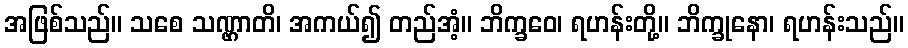
အဖြစ်သည်။ သစေ သဏ္ဌာတိ၊ အကယ်၍ တည်အံ့။ ဘိက္ခဝေ၊ ရဟန်းတို့။ ဘိက္ခုနော၊ ရဟန်းသည်။